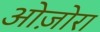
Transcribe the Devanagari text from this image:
ओज़ोरा